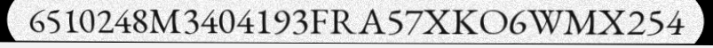
6510248M3404193FRA57XKO6WMX254